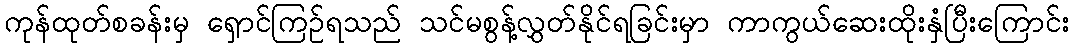
ကုန်ထုတ်စခန်းမှ ရှောင်ကြဉ်ရသည် သင်မစွန့်လွှတ်နိုင်ရခြင်းမှာ ကာကွယ်ဆေးထိုးနှံပြီးကြောင်း